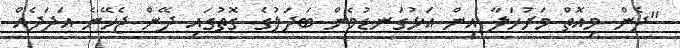
"ދެން މިއޮތް މަރުހަލާ އިން އަޅުގަނޑުމެން ބަދަލުގެ ގޮތުގައި ދޭން ޖެހޭނެ އަދަދެއް